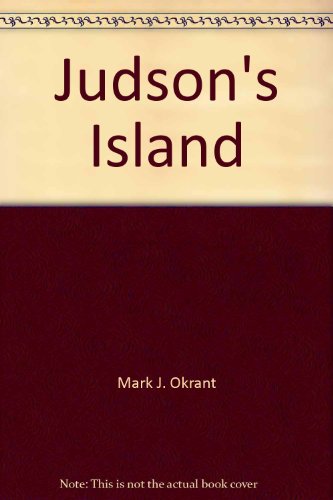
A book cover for Judson's island; Mark J Okrant; Travel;